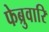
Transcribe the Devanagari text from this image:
फेब्रुवारि